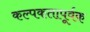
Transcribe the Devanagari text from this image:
कल्पकतापूर्वक